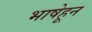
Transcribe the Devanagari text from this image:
भाषेहून